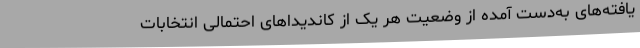
یافته‌های به‌دست آمده از وضعیت هر یک از کاندیداهای احتمالی انتخابات